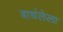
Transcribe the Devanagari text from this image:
बाधंलेला